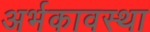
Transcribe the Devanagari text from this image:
अर्भकावस्था